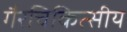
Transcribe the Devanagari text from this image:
गैरचिकित्सीय